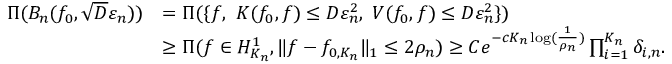
\begin{array} { r l } { \Pi ( B _ { n } ( f _ { 0 } , \sqrt { D } \varepsilon _ { n } ) ) } & { = \Pi ( \{ f , ~ K ( f _ { 0 } , f ) \leq D \varepsilon _ { n } ^ { 2 } , \; V ( f _ { 0 } , f ) \leq D \varepsilon _ { n } ^ { 2 } \} ) } \\ & { \geq \Pi ( f \in H _ { K _ { n } } ^ { 1 } , \| f - f _ { 0 , K _ { n } } \| _ { 1 } \leq 2 \rho _ { n } ) \geq C e ^ { - c K _ { n } \log ( \frac { 1 } { \rho _ { n } } ) } \prod _ { i = 1 } ^ { K _ { n } } \delta _ { i , n } . } \end{array}